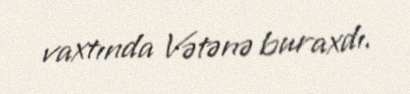
vaxtında Vətənə buraxdı.